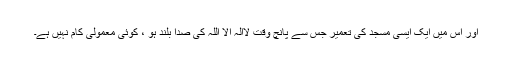
اور اس میں ایک ایسی مسجد کی تعمیر جس سے پانچ وقت لااِلٰہَ الَّا اللّٰہُ کی صدا بلند ہو ، کوئی معمولی کام نہیں ہے۔